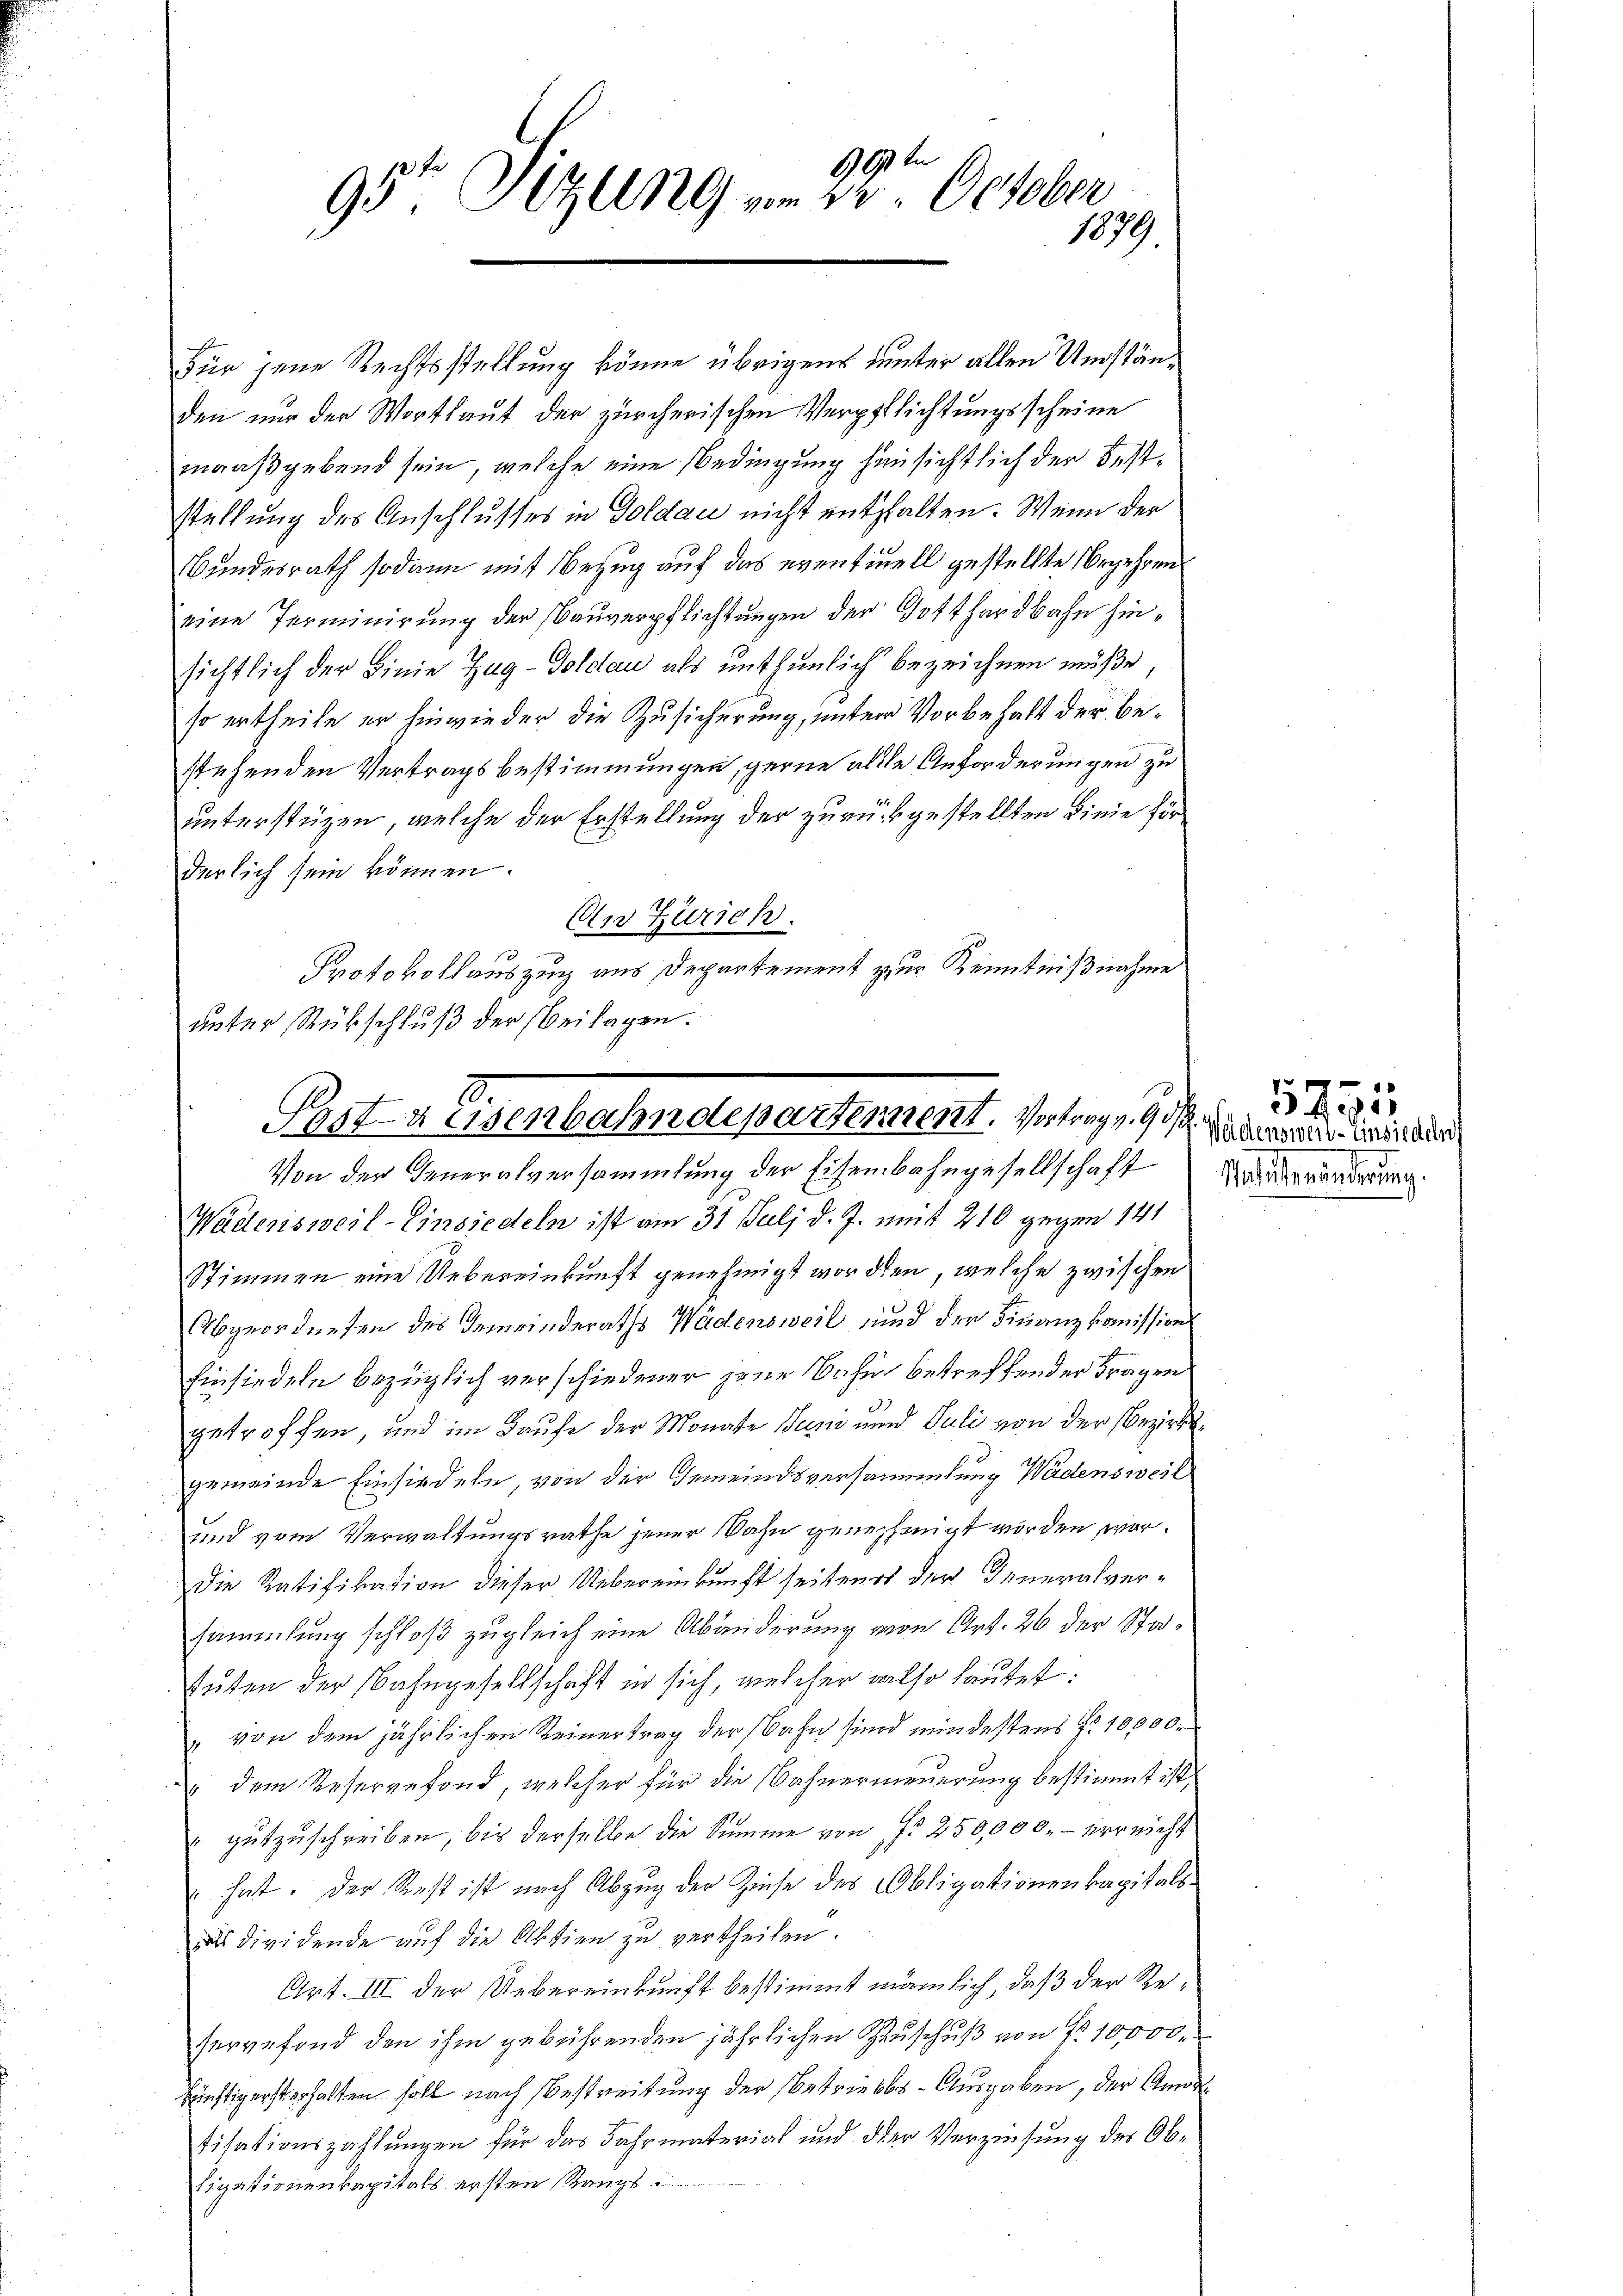
690 tn
95te Szling vom 22. October
1879

Für jene Rechtsstellung könne übrigens unter allen Umständen nur der Wortlaut der zürcherischen Verpflichtungsscheine
maaßgebend sein, welche eine Bedingung hinsicht sich der Feststellung des Anschlusses in Goldau nicht enthalten. Wenn der
Bundesrath sodann mit Bezug auf das eventuell gestellte Begehren
eine Terminirung der Baŭverpflichtungen der Gotthardbahn hinsichtlich der Linie Zag-Goldau als unthunlich bezeichnen müße
so ertheile er hinwieder die Zusicherung, unter Vorbehalt der bestehenden Vertragsbestimmungen, gerne alle Anforderungen zu
unterstüzen, welche der Erstellung der zurückgestellten Linie für
derlich sein können.
An Zürich.
Protokollauszug aus Departement zur Kenntnißnahme
unter Rückschluß der Beilagen.

Posten Eisenbahndepartement. Vertrag v. 9. anderen Eindr
Von der Generalversammlung der Eisenbahngesellschaft

Wäderisweil–Einsiedeln ist am 31. Juli d. J. mit 210 gegen 141
Stimmen eine Uebereinkunft genehmigt worden, welche zwischen
Abgeordneten des Gemeinderaths Wädensweil und der Finanzkomission
Einsiedeln bezüglich verschiedener jene Nahig betreffender Fragen
getroffen, und im Haufe der Monate um und Juli von der Bezirksgemeinde Einsiedeln, von der Gemeindsversammlung Wädensweil
und vom Verwaltungsrathe jener Wahn genehmigt worden wor¬
Die Ratifikation dieser Uebereinkunft seitend der Generalversammlung schloß zugleich eine Abänderung von Art. 26 der Statuten der Bahngesellschaft in sich, welcher also lautet:
„ von dem jährlichen Reinertrag der Bahn sind mindestens No 10000.
" dem Reservefond, welcher für die Bahnerneuerung bestimmt ist.
 gutzuschreiben, bis derselbe die Summe von f. 250,000. - der nicht
hat. Der Rest ist nach Abzug der Zinse des Obligationenkapitalsas dividende auf die Aktien zu vertheilen.
Art. III der Uebereinkunft bestimmt nämlich, daß der Reservefond den ihm gebührenden jährlichen Zuschuß von No 10000.
künstigersterhalten soll nach Bestreitung der betriebbs-Ausgaben, der Amortitationszahlungen für das Jahrmaterial und der Verzinsung des Obligationenkapitals ersten Rangs

1931
Meistenänderung.